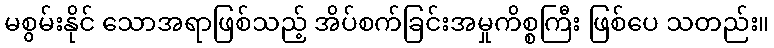
မစွမ်းနိုင် သောအရာဖြစ်သည့် အိပ်စက်ခြင်းအမှုကိစ္စကြီး ဖြစ်ပေ သတည်း။